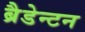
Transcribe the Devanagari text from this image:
ब्रैडेन्टन